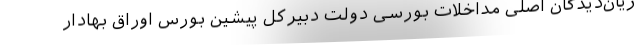
زیان‌دیدگان اصلی مداخلات بورسی دولت دبیرکل پیشین بورس اوراق بهادار